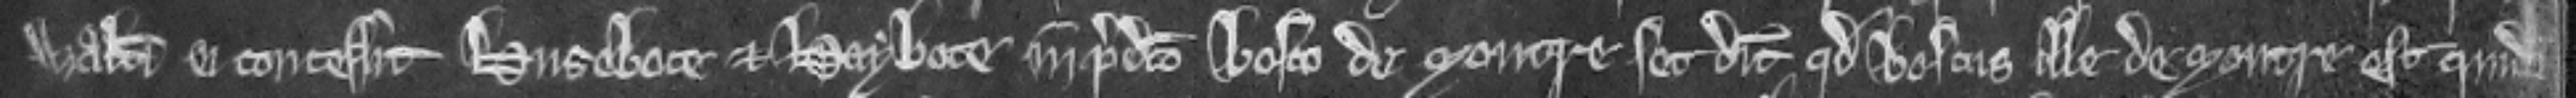
Walteri ei concessit husebote et haybote in predicto bosco de Moutre set dicit quod boscus ille de Moutre est quidam